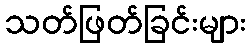
သတ်ဖြတ်ခြင်းများ